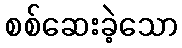
စစ်ဆေးခဲ့သော